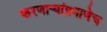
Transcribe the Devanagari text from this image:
करणार्‍यांप्रमाणेच